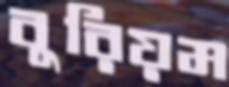
বুরিয়ম